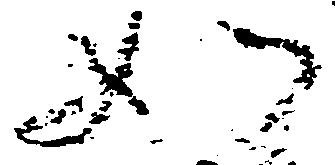
如